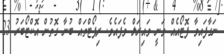
ނަގާފައިވާ ފޮޓޯއެއް ވަނީ ވައިރަލް ވެފައެވެ. ރިޕޯޓްތައް ބުނާ ގޮތުން އޮކްޓޯބަރު 23